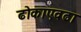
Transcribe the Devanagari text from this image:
ढोकाएवढा